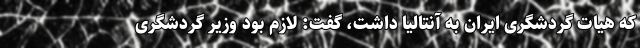
که هیات گردشگری ایران به آنتالیا داشت، گفت: لازم بود وزیر گردشگری